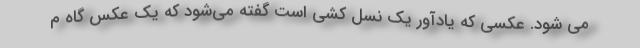
می شود. عکسی که یادآور یک نسل کشی است گفته می‌شود که یک عکس گاه م